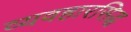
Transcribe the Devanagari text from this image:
व्यवहारसिद्ध